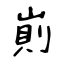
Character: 崱